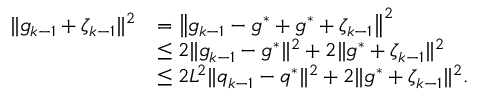
\begin{array} { r l } { \| g _ { k - 1 } + \zeta _ { k - 1 } \| ^ { 2 } } & { = \big \| g _ { k - 1 } - g ^ { * } + g ^ { * } + \zeta _ { k - 1 } \big \| ^ { 2 } } \\ & { \leq 2 \| g _ { k - 1 } - g ^ { * } \| ^ { 2 } + 2 \| g ^ { * } + \zeta _ { k - 1 } \| ^ { 2 } } \\ & { \leq 2 L ^ { 2 } \| q _ { k - 1 } - q ^ { * } \| ^ { 2 } + 2 \| g ^ { * } + \zeta _ { k - 1 } \| ^ { 2 } . } \end{array}